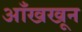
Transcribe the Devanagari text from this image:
आँखखून